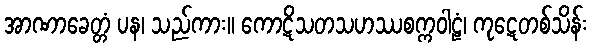
အာဏာခေတ္တံ ပန၊ သည်ကား။ ကောဋိသတသဟဿစက္ကဝါဠံ၊ ကုဋေတစ်သိန်း